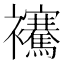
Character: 𧟑